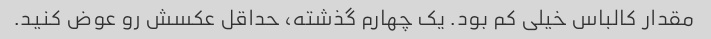
مقدار کالباس خیلی کم بود. یک چهارم گذشته، حداقل عکسش رو عوض کنید.